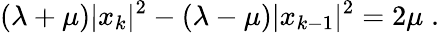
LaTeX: (\lambda+\mu)|x_{k}|^{2}-(\lambda-\mu)|x_{k-1}|^{2}=2\mu\; .